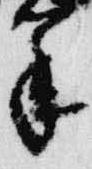
筆